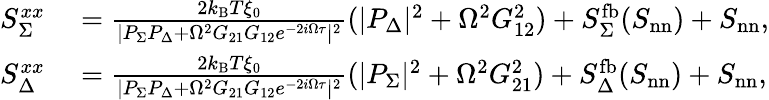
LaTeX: \begin{array}{rl}{S_{\Sigma}^{xx}}&{{}=\frac{2k_{\mathrm{B}}T\xi_{0}}{|P_{\Sigma}P_{\Delta}+\Omega^{2}G_{21}G_{12}e^{-2i\Omega\tau}|^{2}}(|P_{\Delta}|^{2}+\Omega^{2}G_{12}^{2})+S_{\Sigma}^{\mathrm{fb}}(S_{\mathrm{nn}})+S_{\mathrm{nn}},}\\ {S_{\Delta}^{xx}}&{{}=\frac{2k_{\mathrm{B}}T\xi_{0}}{|P_{\Sigma}P_{\Delta}+\Omega^{2}G_{21}G_{12}e^{-2i\Omega\tau}|^{2}}(|P_{\Sigma}|^{2}+\Omega^{2}G_{21}^{2})+S_{\Delta}^{\mathrm{fb}}(S_{\mathrm{nn}})+S_{\mathrm{nn}},}\end{array}